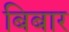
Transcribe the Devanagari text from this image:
बिबार